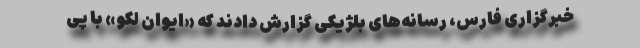
خبرگزاری فارس، رسانه‌های بلژیکی گزارش دادند که «ایوان لِکو» با پی